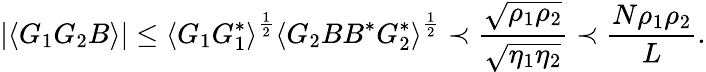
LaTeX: \left|\left\langle{G_{1}G_{2}B}\right\rangle\right|\le\left\langle{G_{1}G_{1}^{*}}\right\rangle^{\frac{1}{2}}\left\langle{G_{2}BB^{*}G_{2}^{*}}\right\rangle^{\frac{1}{2}}\prec\frac{\sqrt{\rho_{1}\rho_{2}}}{\sqrt{\eta_{1}\eta_{2}}}\prec\frac{N\rho_{1}\rho_{2}}{L}.